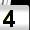
Digit: 4